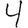
Digit: 4